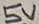
Text: 5V